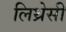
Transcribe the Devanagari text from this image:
लिथ्रेसी